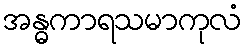
အန္ဓကာရသမာကုလံ